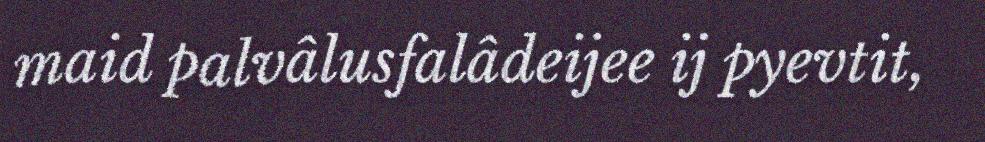
maid palvâlusfalâdeijee ij pyevtit,